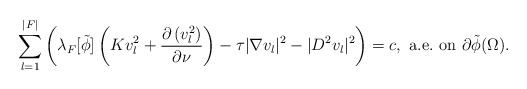
\begin{align*}\sum_{l=1}^{|F|}\left(\lambda_F[\tilde{\phi}]\left(Kv_l^2+\frac{\partial \left(v_l^2\right)}{\partial\nu}\right)-\tau|\nabla v_l|^2-|D^2v_l|^2\right)=c,\mathrm{\ a.e.\ on\ }\partial\tilde{\phi}(\Omega).\end{align*}